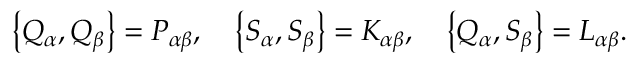
\left\{ Q _ { \alpha } , Q _ { \beta } \right\} = { \cal P } _ { \alpha \beta } , \quad \left\{ S _ { \alpha } , S _ { \beta } \right\} = { \cal K } _ { \alpha \beta } , \quad \left\{ Q _ { \alpha } , S _ { \beta } \right\} = { \cal L } _ { \alpha \beta } .